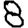
Digit: 8